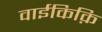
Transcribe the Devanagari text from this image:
वाईकिक़ि